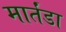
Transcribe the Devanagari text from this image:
मार्तंडा